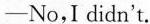
—No,I didn't.